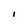
Character: I